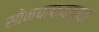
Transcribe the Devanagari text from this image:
सोनचाफ्याच्या